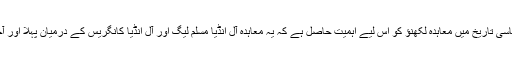
غیر منقسم ہندوستان کی سیاسی تاریخ میں معاہدہ لکھنؤ کو اس لیے اہمیت حاصل ہے کہ یہ معاہدہ آل انڈیا مسلم لیگ اور آل انڈیا کانگریس کے درمیان پہلا اور آخری سیاسی سمجھوتہ تھا ۔